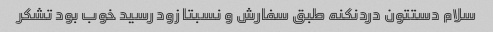
سلام دستتون دردنکنه طبق سفارش و نسبتا زود رسید خوب بود تشکر